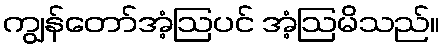
ကျွန်တော်အံ့ဩပင် အံ့ဩမိသည်။